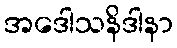
အဒေါသနိဒါနာ